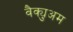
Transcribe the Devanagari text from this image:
वैक्युअम